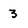
Character: 3